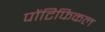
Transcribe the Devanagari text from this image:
पोंटिफिकल